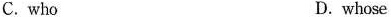
C. who D.whose